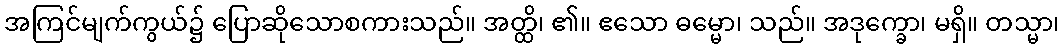
အကြင်မျက်ကွယ်၌ ပြောဆိုသောစကားသည်။ အတ္ထိ၊ ၏။ ဧသော ဓမ္မော၊ သည်။ အဒုက္ခော၊ မရှိ။ တသ္မာ၊